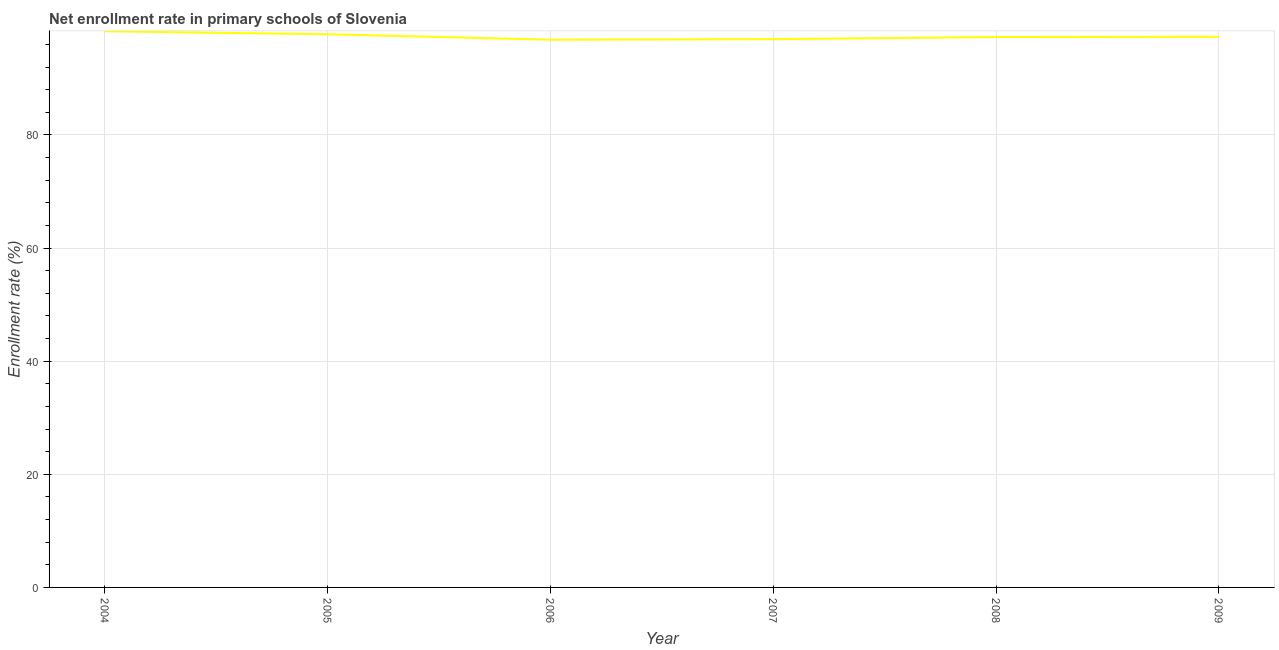
| Year | Adjusted net enrolment rate |
 | --- | --- |
 | 2004 | 98.3 |
 | 2005 | 97.8 |
 | 2006 | 96.8 |
 | 2007 | 96.9 |
 | 2008 | 97.3 |
 | 2009 | 97.4 |